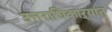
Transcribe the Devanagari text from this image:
उत्तराधिकाऱ्यांत